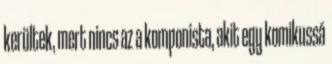
kerültek, mert nincs az a komponista, akit egy komikussá